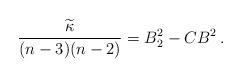
LaTeX: \begin{align*}\frac{\widetilde{\kappa}}{(n-3)(n-2)}=B^2_2-CB^2\,.\end{align*}